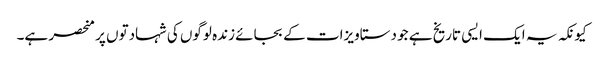
کیونکہ یہ ایک ایسی تاریخ ہے جو دستاویزات کے بجائے زندہ لوگوں کی شہادتوں پر منحصر ہے۔